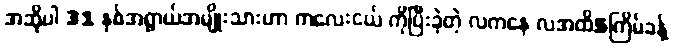
အဆိုပါ 31 နှစ်အရွာယ်အမျိုးသားဟာ ကလေးငယ် ကိုပြီးခဲ့တဲ့ လကနေ လအထိ5ကြိမ်ခန့်